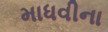
માધવીના